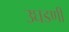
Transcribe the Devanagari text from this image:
उघडणी